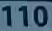
110